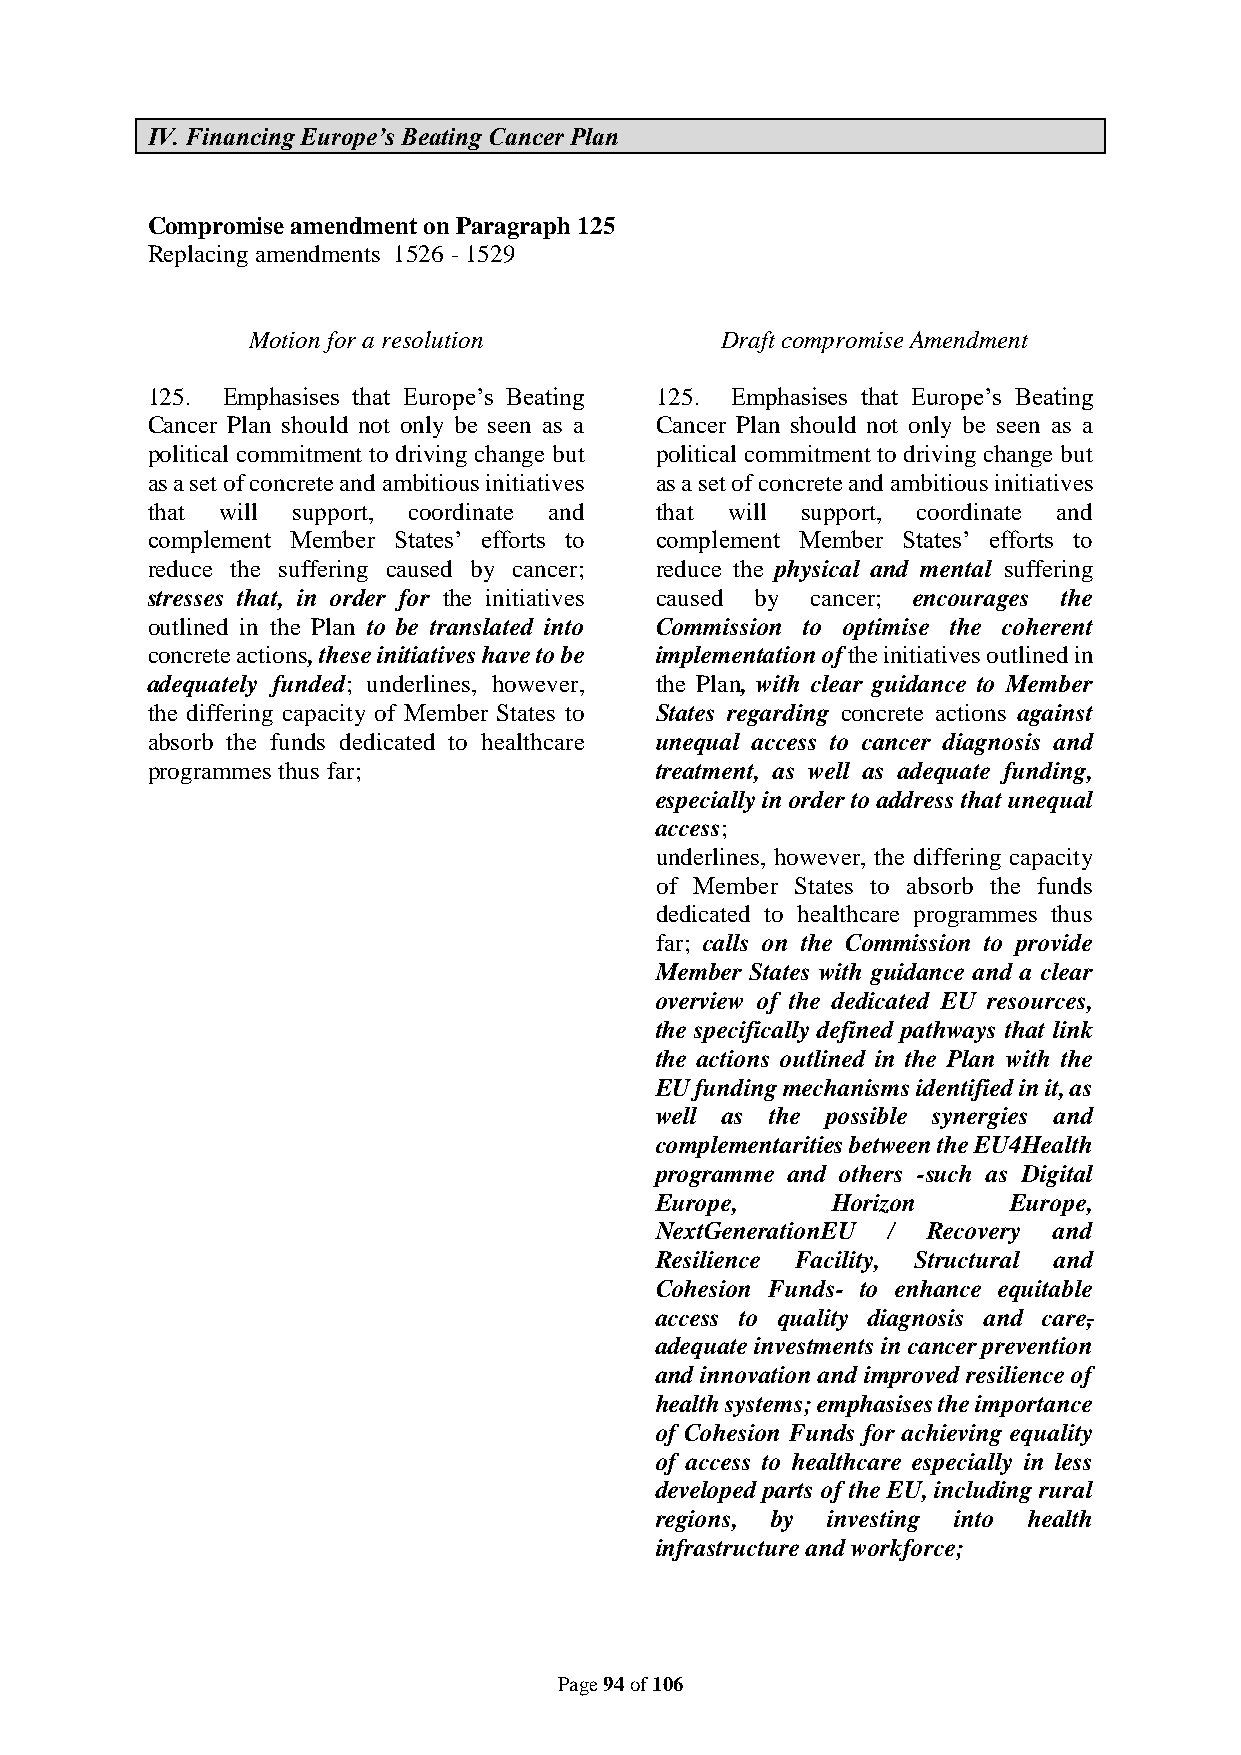
IV. Financing Europe’s Beating Cancer Plan
 Compromise amendment on Paragraph 125
 Replacing amendments 1526 - 1529
 Motion for a resolution         Draft compromise Amendment
 125. Emphasises that Europe’s Beating 125. Emphasises that Europe’s Beating
 Cancer Plan should not only be seen as a Cancer Plan should not only be seen as a
 political commitment to driving change but political commitment to driving change but
 as a set of concrete and ambitious initiatives as a set of concrete and ambitious initiatives
 that will support, coordinate and that will support, coordinate and
 complement Member States’ efforts to complement Member States’ efforts to
 reduce the suffering caused by cancer; reduce the physical and mental suffering
 stresses that, in order for the initiatives caused by cancer; encourages the
 outlined in the Plan to be translated into Commission to optimise the coherent
 concrete actions, these initiatives have to be implementation of the initiatives outlined in
 adequately funded; underlines, however, the Plan, with clear guidance to Member
 the differing capacity of Member States to States regarding concrete actions against
 absorb the funds dedicated to healthcare unequal access to cancer diagnosis and
 programmes thus far;             treatment, as well as adequate funding,
 especially in order to address that unequal
 access;
 underlines, however, the differing capacity
 of Member States to absorb the funds
 dedicated to healthcare programmes thus
 far; calls on the Commission to provide
 Member States with guidance and a clear
 overview of the dedicated EU resources,
 the specifically defined pathways that link
 the actions outlined in the Plan with the
 EU funding mechanisms identified in it, as
 well as the possible synergies and
 complementarities between the EU4Health
 programme and others -such as Digital
 Europe,     Horizon     Europe,
 NextGenerationEU / Recovery and
 Resilience Facility, Structural and
 Cohesion Funds- to enhance equitable
 access to quality diagnosis and care,
 adequate investments in cancer prevention
 and innovation and improved resilience of
 health systems; emphasises the importance
 of Cohesion Funds for achieving equality
 of access to healthcare especially in less
 developed parts of the EU, including rural
 regions, by investing into health
 infrastructure and workforce;
 Page 94 of 106